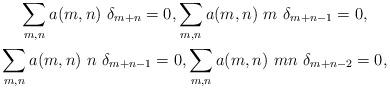
LaTeX: \begin{align*}\begin{gathered}\sum_{m,n} a(m,n)\ \delta_{m+n}=0,\sum_{m,n} a(m,n)\ m\ \delta_{m+n-1} =0,\\\sum_{m,n} a(m,n)\ n\ \delta_{m+n-1}=0,\sum_{m,n} a(m,n)\ mn\ \delta_{m+n-2}=0,\end{gathered}\end{align*}